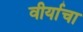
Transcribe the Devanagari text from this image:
वीर्याचा